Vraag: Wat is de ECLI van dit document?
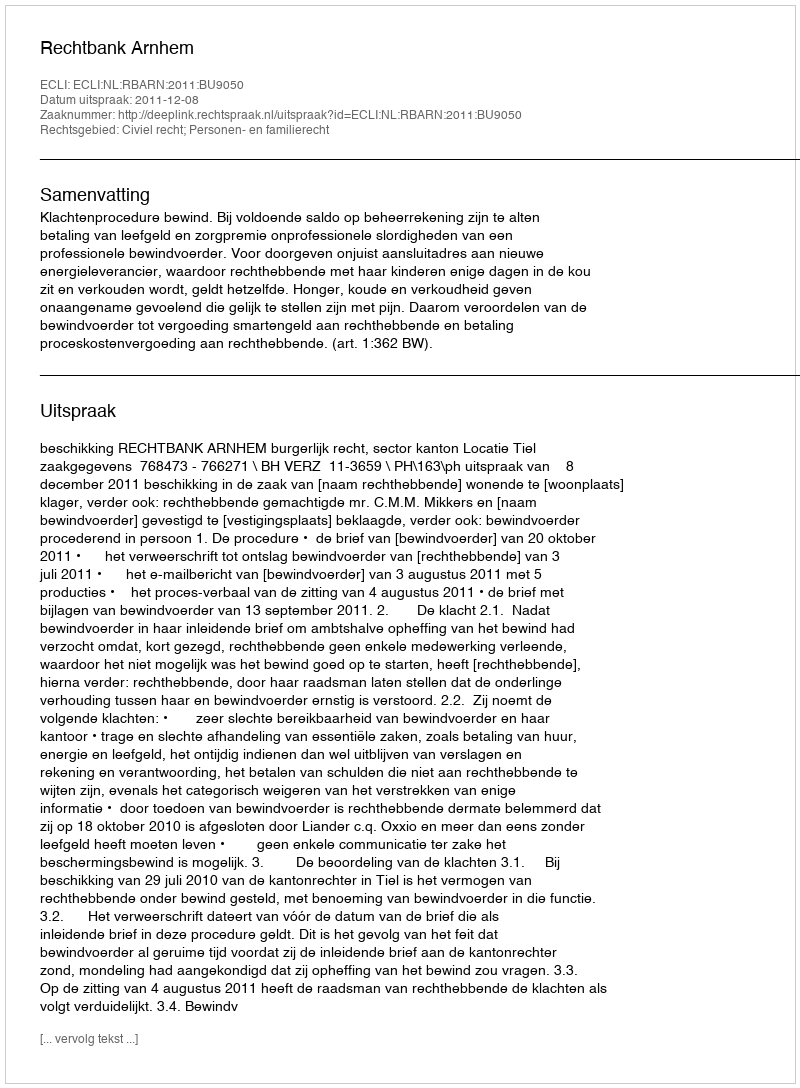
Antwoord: ECLI:NL:RBARN:2011:BU9050